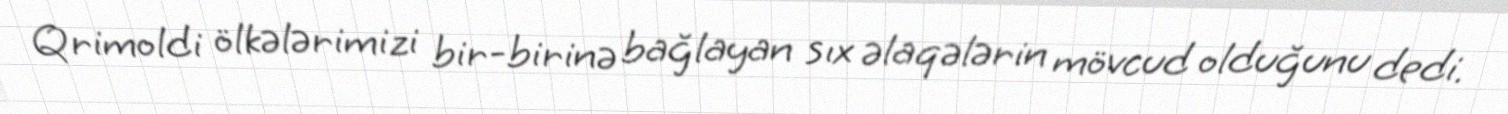
Qrimoldi ölkələrimizi bir-birinə bağlayan sıx əlaqələrin mövcud olduğunu dedi.